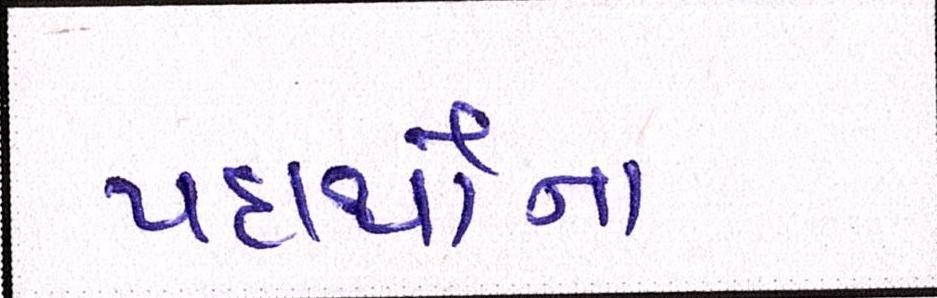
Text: પદાર્થોના